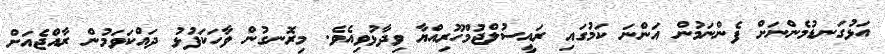
އަޅުގަނޑުމެންނަށް ފެންނަމުން އަންނަ ކަމުގައި ރައީސުލްޖުމްހޫރިއްޔާ ވިދާޅުވިއެވެ. މިރޮނގުން ވާހަކަފުޅު ދައްކަވަމުން ރާއްޖެއަށް